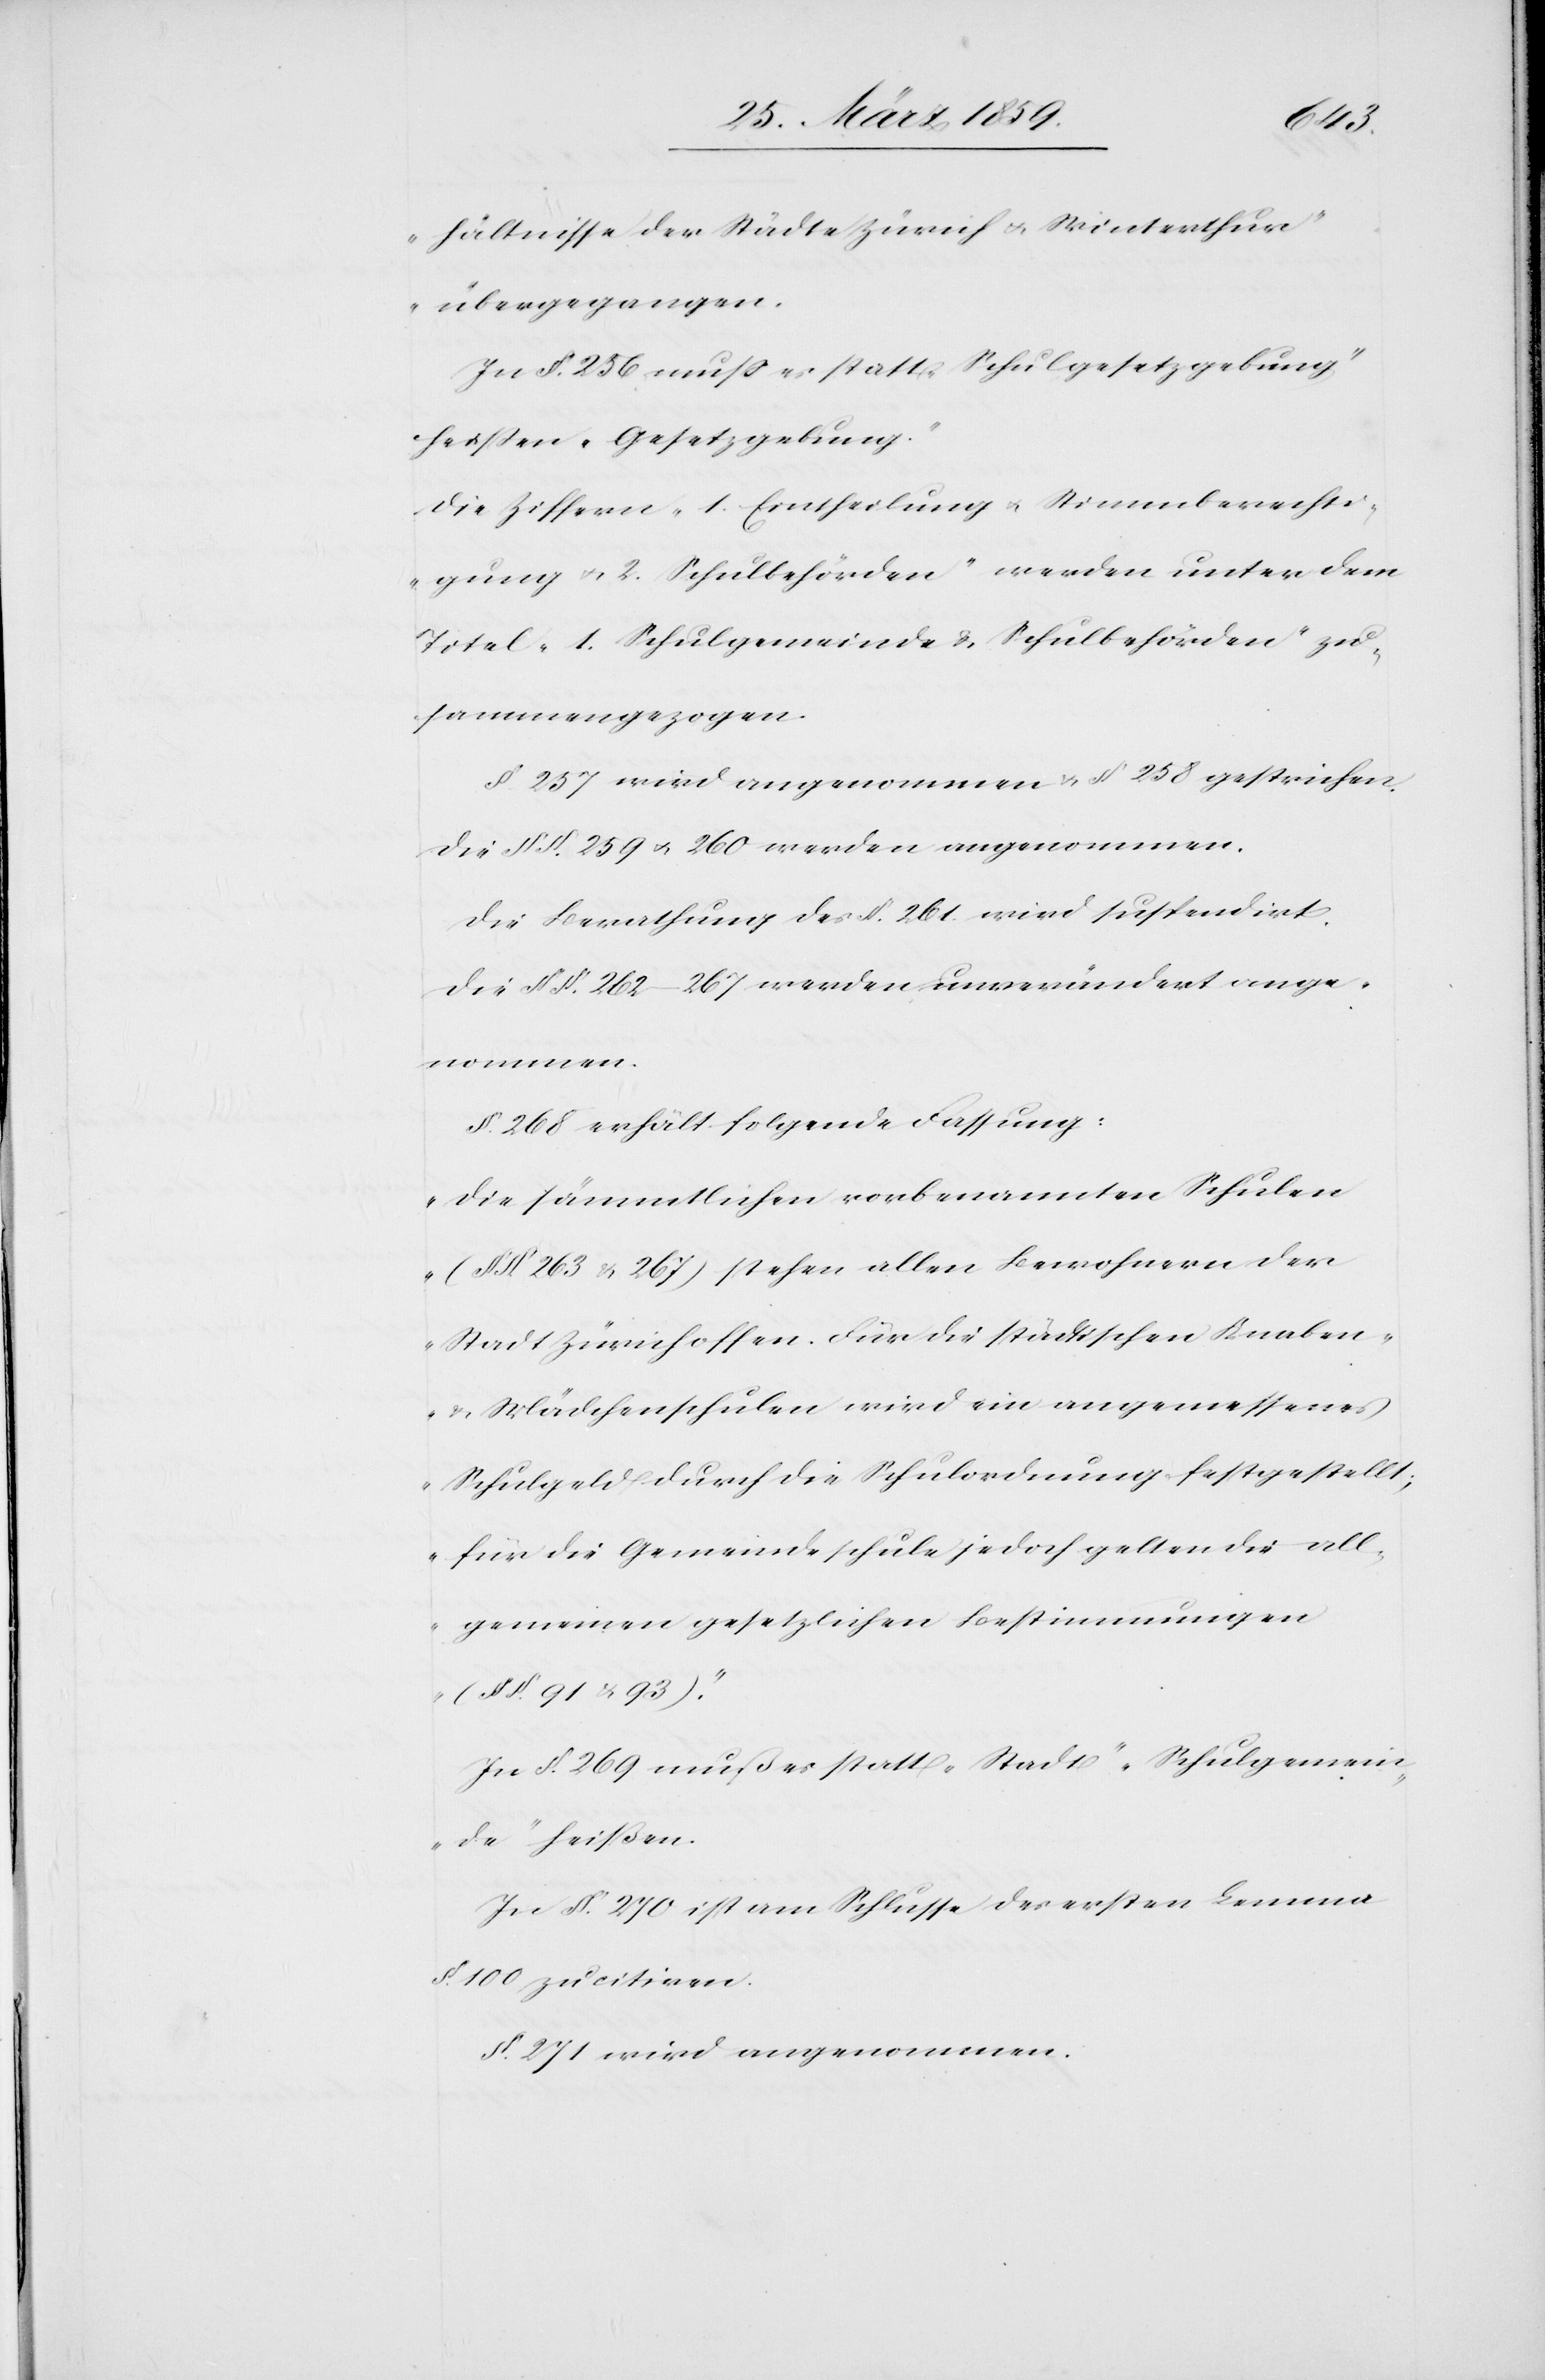
hältnisse der Städte Zürich u. Winterthur“
übergegangen.
In §. 256 muß es statt „Schulgesetzgebung“
heißen „Gesetzgebung“.
Die Ziffern „1. Eintheilung u. Stimmberechti¬
gung u. 2. Schulbehörden“ werden unter dem
Titel „1. Schulgemeinde u. Schulbehörden“ zu¬
sammengezogen.
§. 257 wird angenommen u. §. 258 gestrichen.
Die §§. 259 u. 260 werden angenommen.
Die Berathung des §. 261. wird suspendirt.
Die §§. 262–267 werden unverändert ange¬
nommen.
§. 268 erhält folgende Fassung:
„Die sämmtlichen vorbenannten Schulen
(§. §. 263 u. 267) stehen allen Bewohnern der
Stadt Zürich offen. Für die städtischen Knaben-
u. Mädchenschulen wird ein angemessenes
Schulgeld durch die Schulordnung festgestellt;
für die Gemeindeschule jedoch gelten die all¬
gemeinen gesetzlichen Bestimmungen
(§ §. 91 u. 93).“
In §. 269 muß es statt „Stadt“ „Schulgemein¬
de“ heißen.
In §. 270 ist am Schlusse des ersten Lemma
§. 100 zu citiren.
§. 271 wird angenommen.